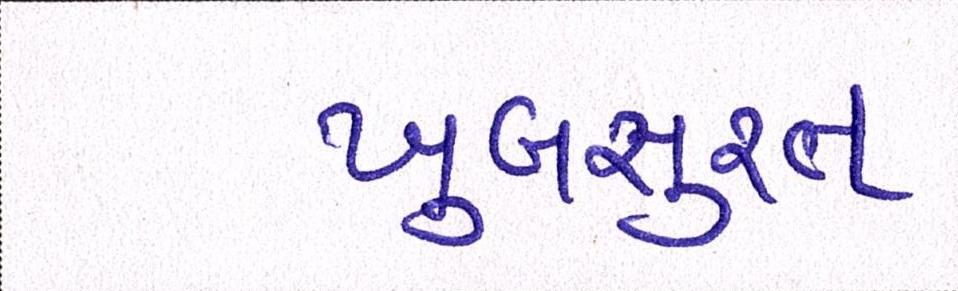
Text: ખુબસુરત